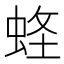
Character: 𧋮